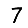
Digit: 7